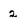
Character: 2